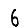
Digit: 6